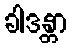
ခါဒန္တာ